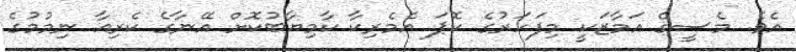
އެވެ. މެސީގެ އަމާޒަކީ މިފަހަރުގެ ކޮޕަ އެމެރިކާ ކާމިޔާބުކޮށް އޭނާގެ ކެރިއާ ނިމުމުގެ